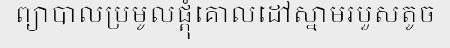
ព្យាបាលប្រមូលផ្តុំគោលដៅស្នាមរបួសតូច